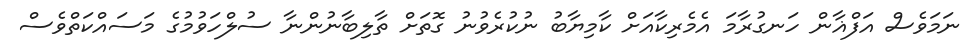
ނަމަވެސް އަފްޣާން ހަނގުރާމަ އެމެރިކާއަށް ކާމިޔާބު ނުކުރެވުނު ގޮތަށް ތާލިބާނުންނާ ސުލްހަވުމުގެ މަސައްކަތްވެސް